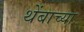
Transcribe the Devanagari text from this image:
थेंबाच्या